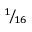
^ 1 \! / \! _ { 1 6 }